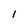
Character: l